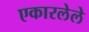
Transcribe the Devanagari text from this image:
एकारलेले